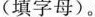
(填字母)。